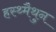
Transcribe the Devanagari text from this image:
हस्थ्मैथुन